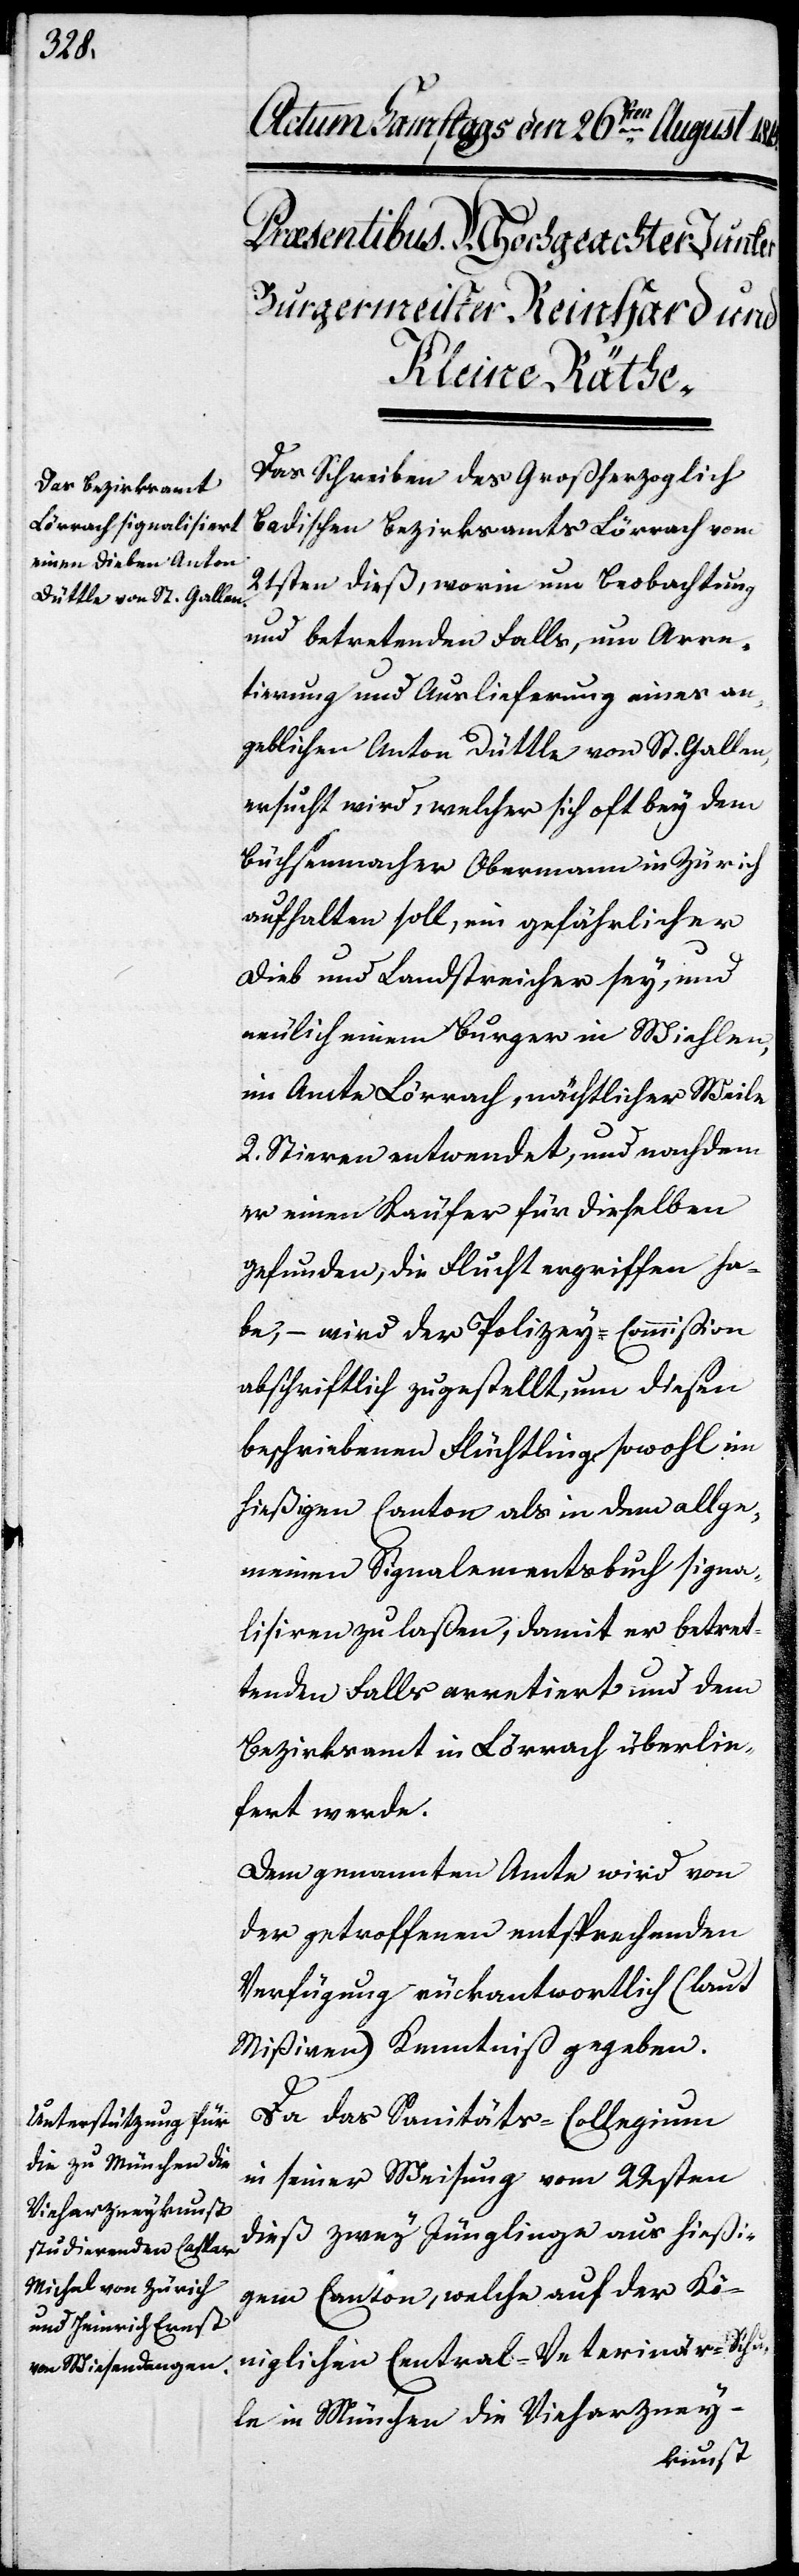
Das Schreiben des Großherzoglich
Badischen Bezirksamts Lörrach vom
21sten dieß, worinn um Beobachtung
und betretenden Falls, um Arre¬
tierung und Auslieferung eines an¬
geblichen Anton Düttle von St. Gallen,
ersucht wird, welcher sich oft bey dem
Büchsenmacher Obermann in Zürich
aufhalten soll, ein gefährlicher
Dieb und Landstreicher sey, und
neulich einem Bürger in Wiehlen,
im Amte Lörrach, nächtlicher Weile
2 Stiere entwendet, und nachdem
er einen Käufer für dieselben
gefunden, die Flucht ergriffen ha¬
be, – wird der Polizey-Commißion
abschriftlich zugestellt, um diesen
beschriebenen Flüchtling sowohl im
hießigen Canton als in dem allge¬
meinen Signalementsbuch signa¬
lisieren zu laßen, damit er betret¬
tenden Falls arretiert und dem
Bezirksamt in Lörrach überlie¬
fert werde.
Dem genannten Amte wird von
der getroffenen entsprechenden
Verfügung rückantwortlich (laut
Mißiven) Kenntniß gegeben.
Da das Sanitäts-Collegium
in seiner Weisung vom 22sten
dieß zwey Jünglinge aus hießi¬
gem Canton, welche auf der Kö¬
niglichen Central-Veterinär-Schu¬
le in München die Vieharzney-